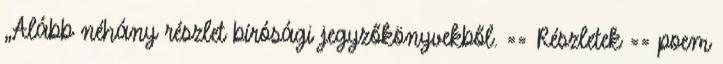
„Alább néhány részlet bírósági jegyzőkönyvekből. == Részletek == poem